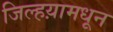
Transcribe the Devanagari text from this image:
जिल्हय़ामधून